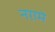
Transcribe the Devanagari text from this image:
नग़मे